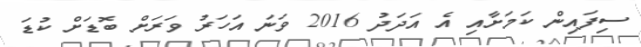
ސިފައިން ކަމަށާއި އެ އަދަދު 2016 ވަނަ އަހަރު ވަރަށް ބޮޑަށް ކުޑަ